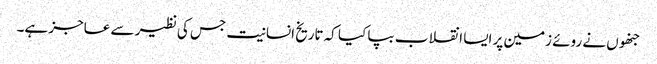
جنھوں نے روئے زمین پر ایسا انقلاب بپا کیا کہ تاریخ انسانیت جس کی نظیر سے عاجز ہے۔